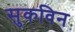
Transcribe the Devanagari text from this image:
सुकविन